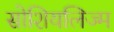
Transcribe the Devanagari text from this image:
सोशियलिज्म